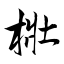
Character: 梉